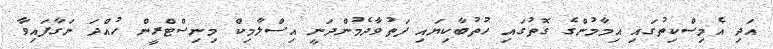
އަދި އެމިސްކިތުގައި އިމާމުންގެ ގޮތުގައި ހުތުބާކިޔައި ފަތުވާދެމުންދަނީ އިސްލާމިކް މިނިސްޓްރީން ހުއްދަ ނަގާފައިވާ